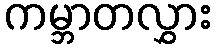
ကမ္ဘာတလွှား